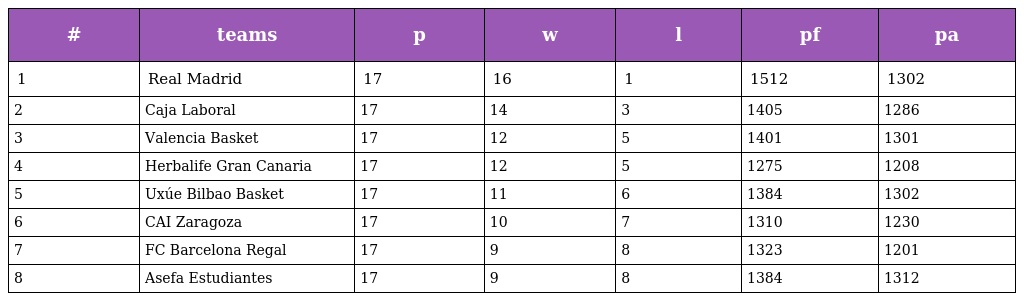
| # | teams | p | w | l | pf | pa |
 | --- | --- | --- | --- | --- | --- | --- |
 | 1 | Real Madrid | 17 | 16 | 1 | 1512 | 1302 |
 | 2 | Caja Laboral | 17 | 14 | 3 | 1405 | 1286 |
 | 3 | Valencia Basket | 17 | 12 | 5 | 1401 | 1301 |
 | 4 | Herbalife Gran Canaria | 17 | 12 | 5 | 1275 | 1208 |
 | 5 | Uxúe Bilbao Basket | 17 | 11 | 6 | 1384 | 1302 |
 | 6 | CAI Zaragoza | 17 | 10 | 7 | 1310 | 1230 |
 | 7 | FC Barcelona Regal | 17 | 9 | 8 | 1323 | 1201 |
 | 8 | Asefa Estudiantes | 17 | 9 | 8 | 1384 | 1312 |